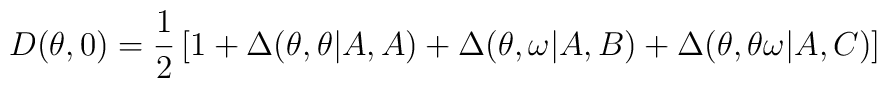
D(\theta,0) = \frac{1}{2} \left [ 1 +  \Delta(\theta,\theta|A,A) + \Delta(\theta,\omega|A,B) + \Delta(\theta,\theta\omega|A,C) \right ]